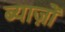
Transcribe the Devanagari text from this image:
ब्याज़ों